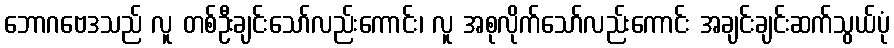
ဘောဂဗေဒသည် လူ တစ်ဦးချင်းသော်လည်းကောင်း၊ လူ အစုလိုက်သော်လည်းကောင်း အချင်းချင်းဆက်သွယ်ပုံ